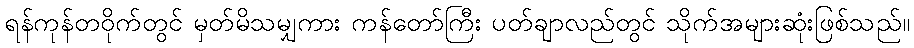
ရန်ကုန်တဝိုက်တွင် မှတ်မိသမျှကား ကန်တော်ကြီး ပတ်ချာလည်တွင် သိုက်အများဆုံးဖြစ်သည်။